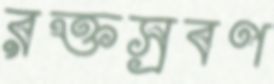
রক্তস্রবণ